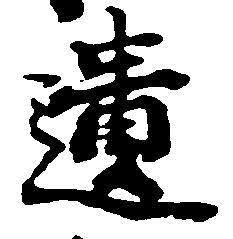
遺